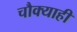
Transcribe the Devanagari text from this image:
चौक्याही